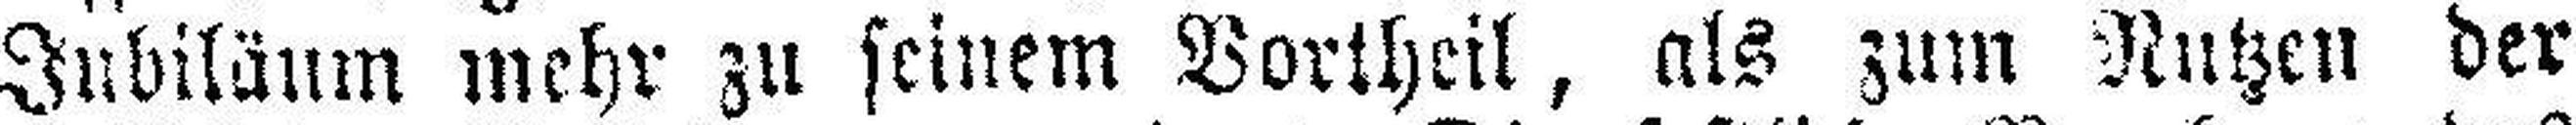
Jubiläum mehr zu seinem Vortheil, als zum Nutzen der